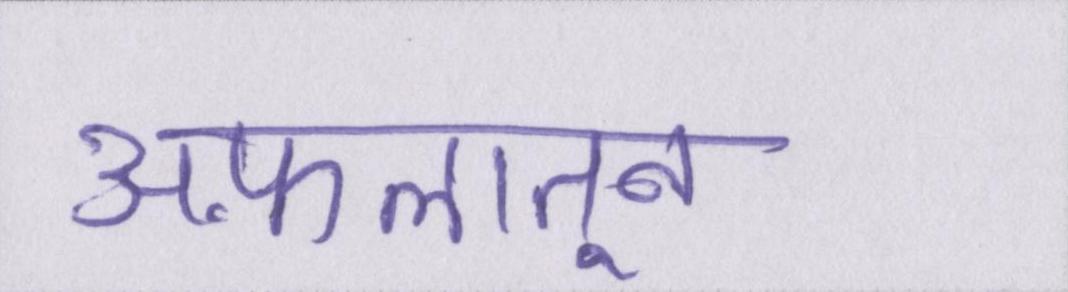
अफ़लातून